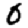
Digit: 0